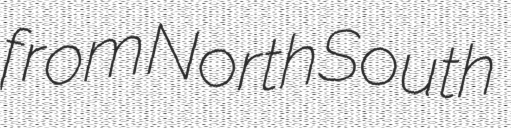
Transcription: from North South